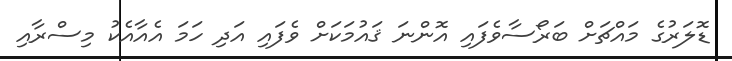
ޑޮލަރުގެ މައްޗަށް ބަރޯސާވެފައި އޮންނަ ޤައުމަކަށް ވެފައި އަދި ހަމަ އެއާއެކު މިސްރާއި